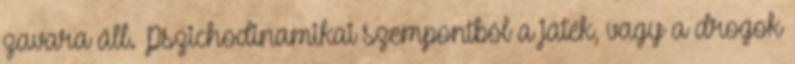
zavara áll. Pszichodinamikai szempontból a játék, vagy a drogok